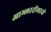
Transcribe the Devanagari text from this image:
आम्लारीमध्ये